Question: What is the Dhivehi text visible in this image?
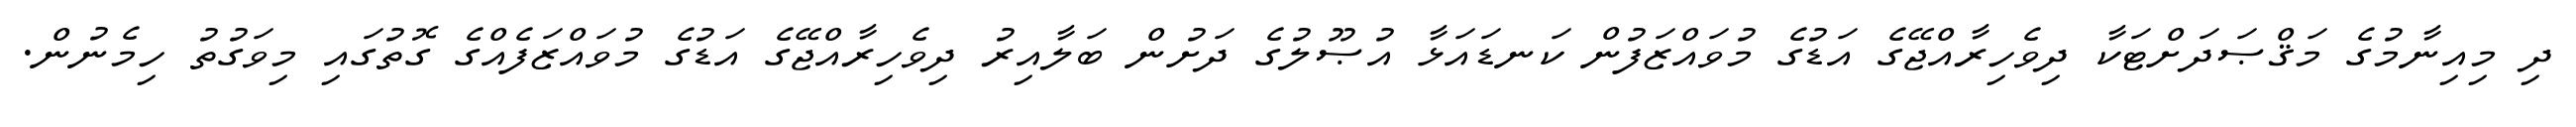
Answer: ދި މިއިނާމުގެ މަޤްޞަދަށްޓަކާ ދިވެހިރާއްޖޭގެ އަޑުގެ މުވައްޒަފުން ކަނޑައަޅާ އުޞޫލުގެ ދަށުން ބަލާއިރު ދިވެހިރާއްޖޭގެ އަޑުގެ މުވައްޒަފެއްގެ ގޮތުގައި މިވަގުތު ހިމެނުން.